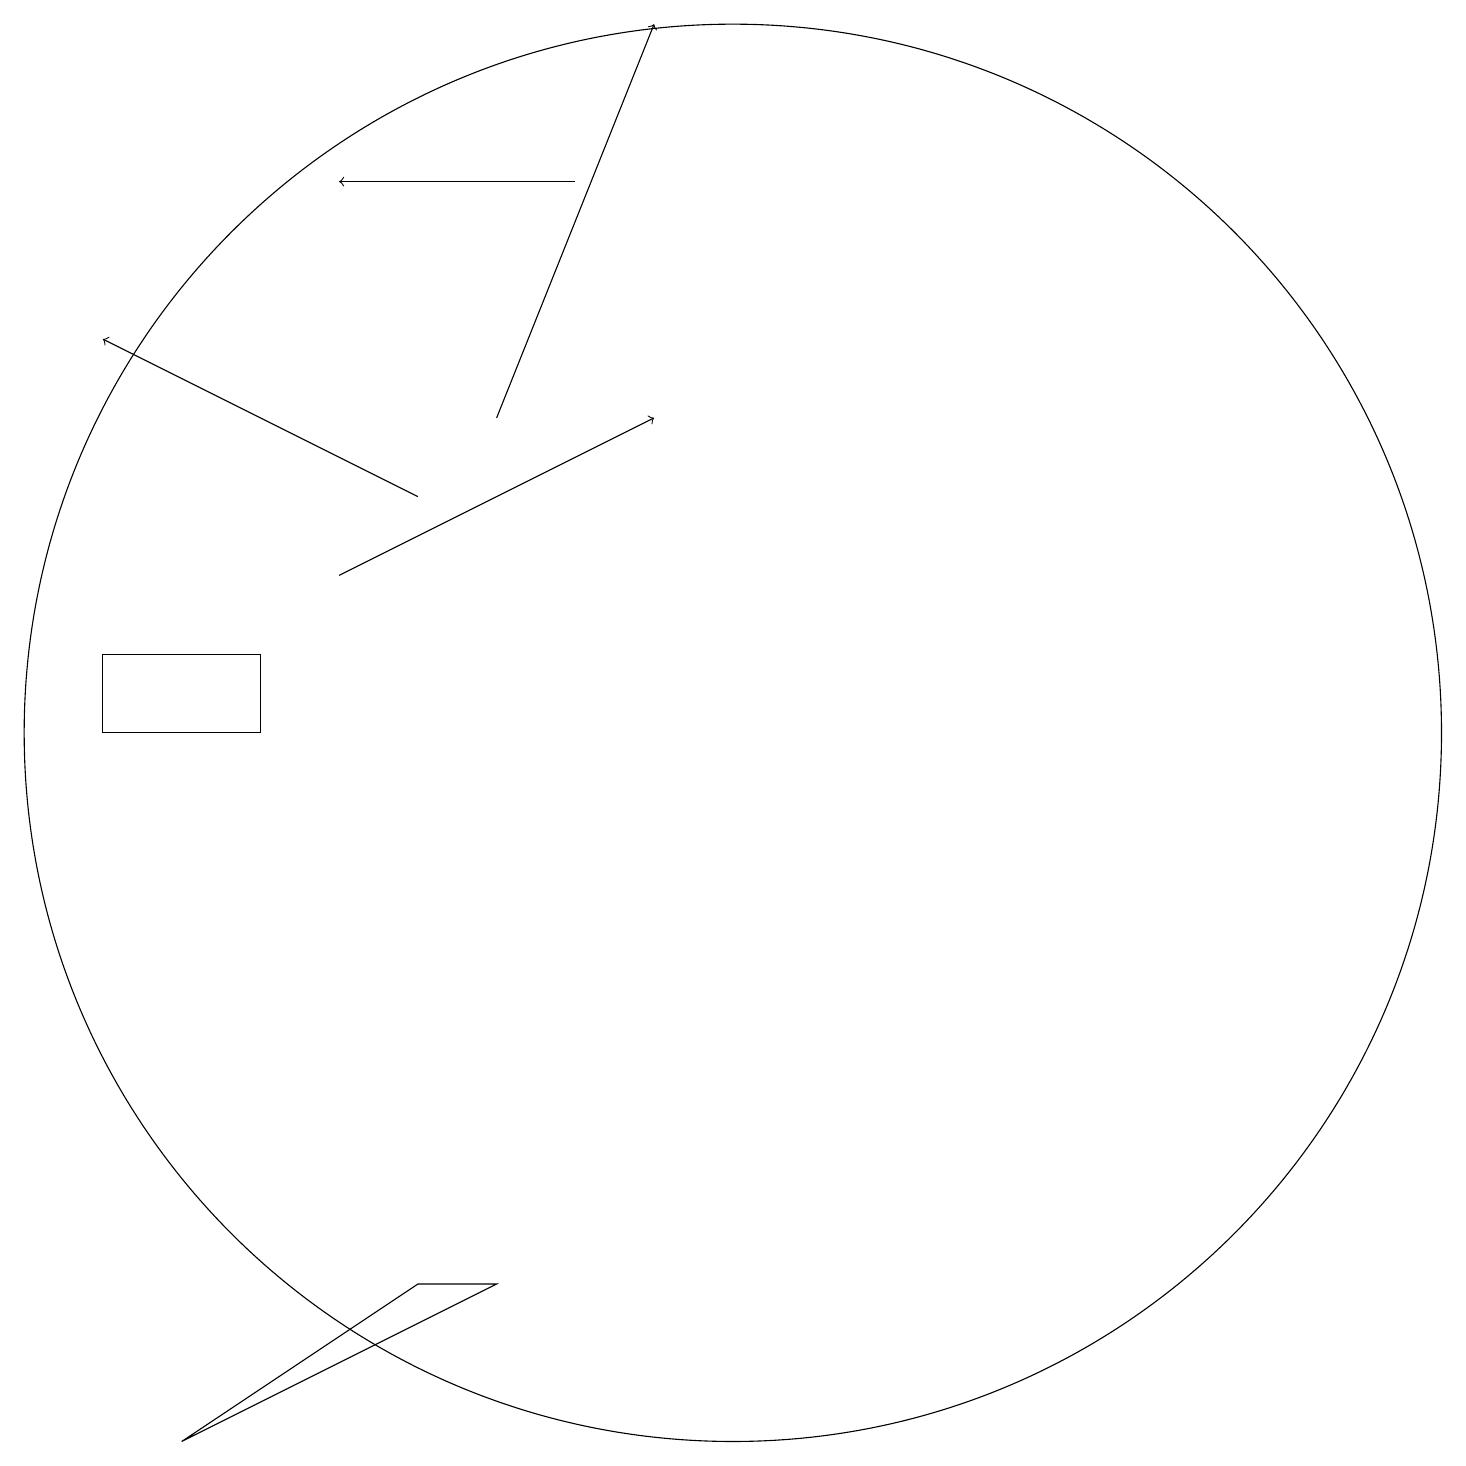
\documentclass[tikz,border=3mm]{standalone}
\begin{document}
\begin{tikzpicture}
\draw (10,10) circle (9);
\draw[->] (7,14) -- (9,19);
\draw (2,11) rectangle (4,10);
\draw (7,3) -- (3,1) -- (6,3) -- cycle;
\draw[->] (5,12) -- (9,14);
\draw[->] (8,17) -- (5,17);
\draw[->] (6,13) -- (2,15);
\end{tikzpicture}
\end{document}